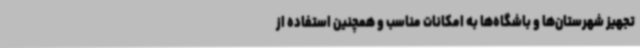
تجهیز شهرستان‌ها و باشگاه‌ها به امکانات مناسب و همچنین استفاده از